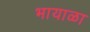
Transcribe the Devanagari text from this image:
भायाळा